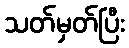
သတ်မှတ်ပြီး